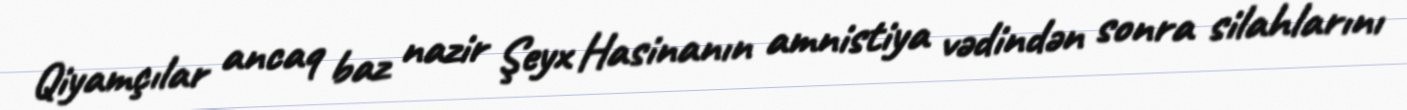
Qiyamçılar ancaq baz nazir Şeyx Hasinanın amnistiya vədindən sonra silahlarını